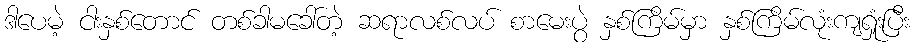
ဒါပေမဲ့ ငါးနှစ်တောင် တစ်ခါမခေါ်တဲ့ ဆရာလစ်လပ် စာမေးပွဲ နှစ်ကြိမ်မှာ နှစ်ကြိမ်လုံးကျရှုံးပြီး